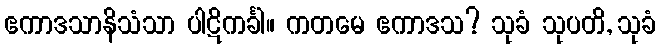
ဧကာဒသာနိသံသာ ပါဋိကင်္ခါ။ ကတမေ ဧကာဒသ? သုခံ သုပတိ, သုခံ